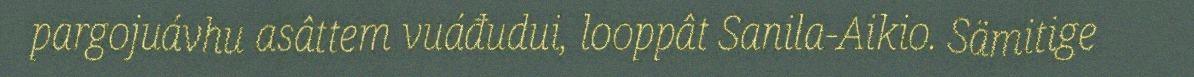
pargojuávhu asâttem vuáđudui, looppât Sanila-Aikio. Sämitige